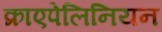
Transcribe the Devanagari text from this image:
क्राएपेलिनियन